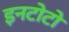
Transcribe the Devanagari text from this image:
इनटोटो